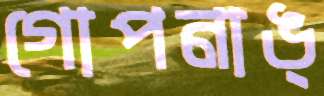
গোপনাঙ্